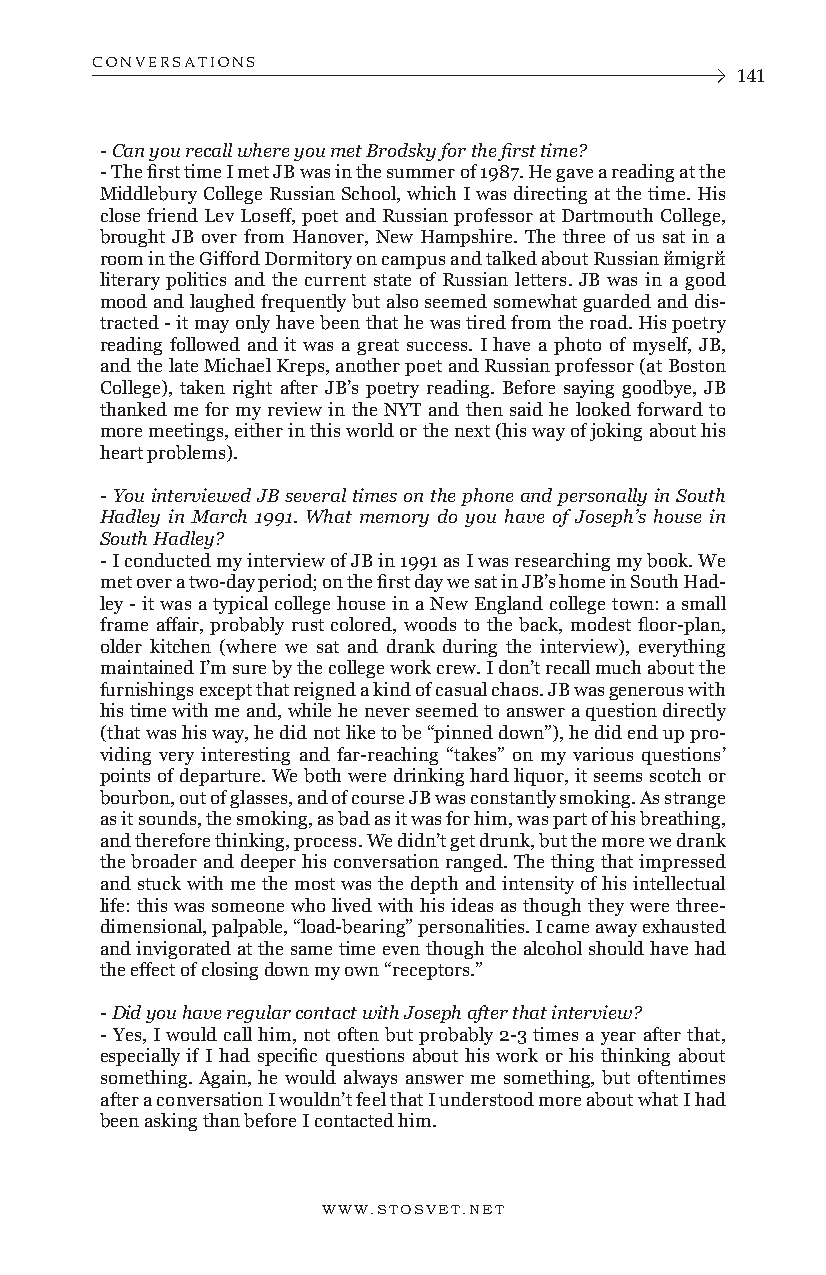
CONVERSATIONS
 141
 - Can you recall where you met Brodsky for the first time?
 - The first time I met JB was in the summer of 1987. He gave a reading at the
 Middlebury College Russian School, which I was directing at the time. His
 close friend Lev Loseff, poet and Russian professor at Dartmouth College,
 brought JB over from Hanover, New Hampshire. The three of us sat in a
 room in the Gifford Dormitory on campus and talked about Russian йmigrй
 literary politics and the current state of Russian letters. JB was in a good
 mood and laughed frequently but also seemed somewhat guarded and dis-
 tracted - it may only have been that he was tired from the road. His poetry
 reading followed and it was a great success. I have a photo of myself, JB,
 and the late Michael Kreps, another poet and Russian professor (at Boston
 College), taken right after JB’s poetry reading. Before saying goodbye, JB
 thanked me for my review in the NYT and then said he looked forward to
 more meetings, either in this world or the next (his way of joking about his
 heart problems).
 - You interviewed JB several times on the phone and personally in South
 Hadley in March 1991. What memory do you have of Joseph’s house in
 South Hadley?
 - I conducted my interview of JB in 1991 as I was researching my book. We
 met over a two-day period; on the first day we sat in JB’s home in South Had-
 ley - it was a typical college house in a New England college town: a small
 frame affair, probably rust colored, woods to the back, modest floor-plan,
 older kitchen (where we sat and drank during the interview), everything
 maintained I’m sure by the college work crew. I don’t recall much about the
 furnishings except that reigned a kind of casual chaos. JB was generous with
 his time with me and, while he never seemed to answer a question directly
 (that was his way, he did not like to be “pinned down”), he did end up pro-
 viding very interesting and far-reaching “takes” on my various questions’
 points of departure. We both were drinking hard liquor, it seems scotch or
 bourbon, out of glasses, and of course JB was constantly smoking. As strange
 as it sounds, the smoking, as bad as it was for him, was part of his breathing,
 and therefore thinking, process. We didn’t get drunk, but the more we drank
 the broader and deeper his conversation ranged. The thing that impressed
 and stuck with me the most was the depth and intensity of his intellectual
 life: this was someone who lived with his ideas as though they were three-
 dimensional, palpable, “load-bearing” personalities. I came away exhausted
 and invigorated at the same time even though the alcohol should have had
 the effect of closing down my own “receptors.”
 - Did you have regular contact with Joseph after that interview?
 - Yes, I would call him, not often but probably 2-3 times a year after that,
 especially if I had specific questions about his work or his thinking about
 something. Again, he would always answer me something, but oftentimes
 after a conversation I wouldn’t feel that I understood more about what I had
 been asking than before I contacted him.
 WWW.STOSVET.NET      WWW.STOSVET.NET